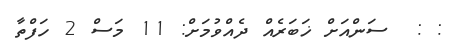
: :  ސަންއަށް ޚަބަރެއް ދެއްވުމަށް: 11 މަސް 2 ހަފްތާ